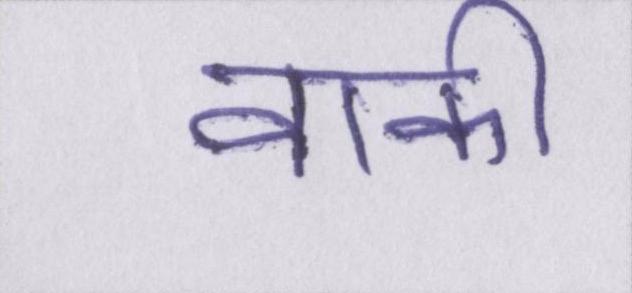
वाकी